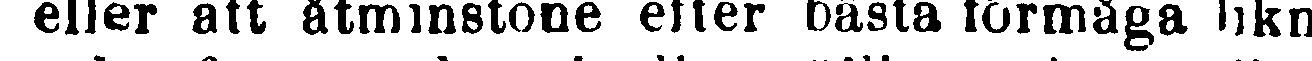
eller att åtminstone efter bästa förmåga likn